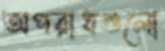
অপরাধগুলো